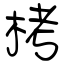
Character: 栲